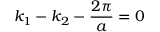
k _ { 1 } - k _ { 2 } - \frac { 2 \pi } { a } = 0